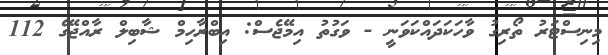
މިނިސްޓަރު ތޯރިގު ވާހަކަދައްކަވަނީ - ވަގުތު އިމޭޖެސް: އިބްރާހިމް ޝާބިލް ރާއްޖޭގެ 112